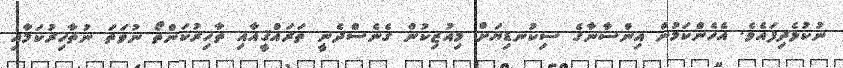
ނުކުޅެދިފައެވެ. އެހެންކަމުން އިންސާނާގެ ސިކުނޑިޔަށް މިއުޒިކުން ގެނެސްދެނީ ތަރައްޤީއާއި ތާހިރުކަންތޯ ނުވަތަ ނުތާހިރުކަމާއި